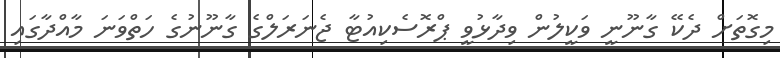
މިގޮތަށް ދެކޭ ގާނޫނީ ވަކީލުން ވިދާޅުވީ ޕްރޮސެކިއުޓާ ޖެނަރަލްގެ ގާނޫނުގެ ހަތްވަނަ މާއްދާގައި